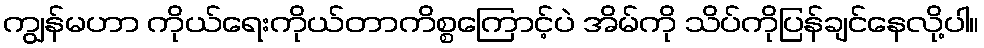
ကျွန်မဟာ ကိုယ်ရေးကိုယ်တာကိစ္စကြောင့်ပဲ အိမ်ကို သိပ်ကိုပြန်ချင်နေလို့ပါ။